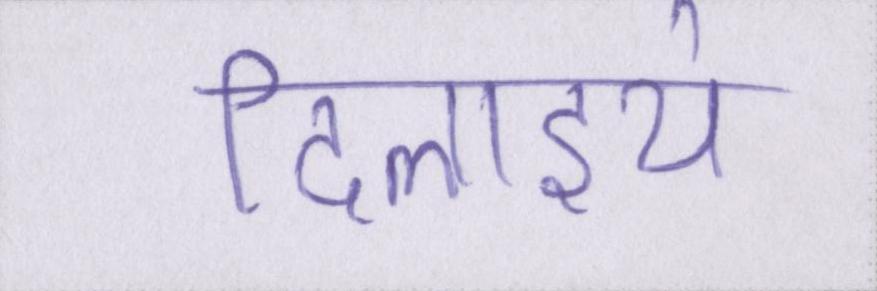
दिलाइये